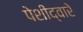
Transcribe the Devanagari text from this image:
पेशीद्वारे